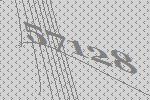
57128